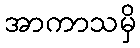
အာကာသမှိ